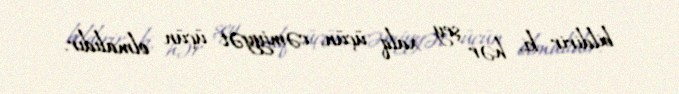
bildirir ki, hər şey xalq üçün, cəmiyyət üçün olmalıdır.